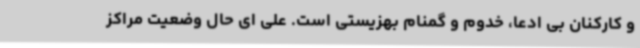
و کارکنان بی ادعا، خدوم و گمنام بهزیستی است. علی ای حال وضعیت مراکز